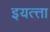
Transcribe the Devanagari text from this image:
इयत्त्ता